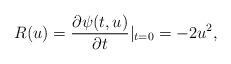
LaTeX: \begin{align*}R(u)=\frac{\partial \psi(t,u)}{\partial t}|_{t=0}=-2 u^2, \end{align*}